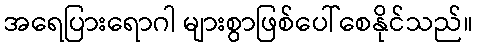
အရေပြားရောဂါ များစွာဖြစ်ပေါ်စေနိုင်သည်။